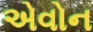
એવોન